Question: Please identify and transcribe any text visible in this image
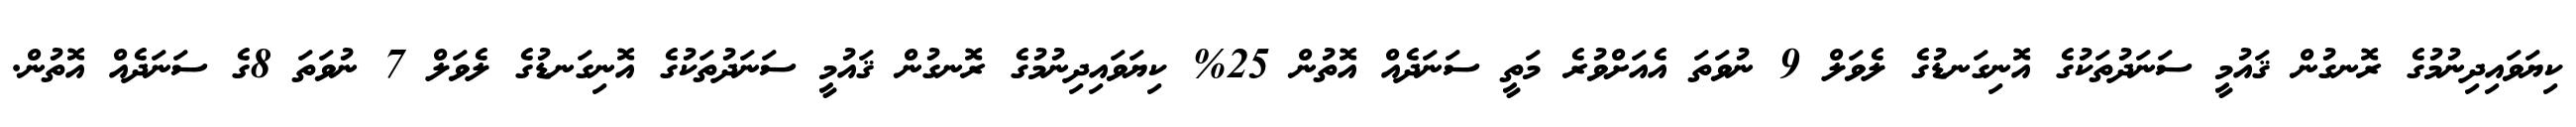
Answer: ކިޔަވައިދިނުމުގެ ރޮނގުން ޤައުމީ ސަނަދުތަކުގެ އޮނިގަނޑުގެ ލެވަލް 9 ނުވަތަ އެއަށްވުރެ މަތީ ސަނަދެއް އޮތުން 25% ކިޔަވައިދިނުމުގެ ރޮނގުން ޤައުމީ ސަނަދުތަކުގެ އޮނިގަނޑުގެ ލެވަލް 7 ނުވަތަ 8ގެ ސަނަދެއް އޮތުން.